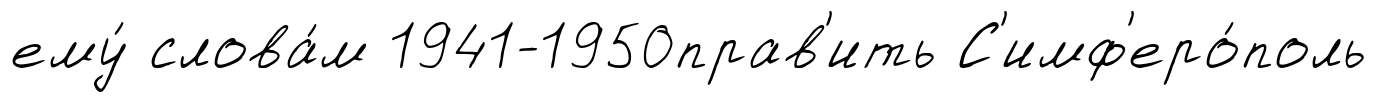
ему́ слова́м 1941-1950прав'ить С'имф'еро́поль